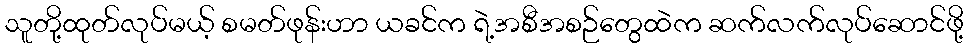
သူတို့ထုတ်လုပ်မယ့် စမတ်ဖုန်းဟာ ယခင်က ရဲ့အစီအစဉ်တွေထဲက ဆက်လက်လုပ်ဆောင်ဖို့